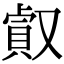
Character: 㕢